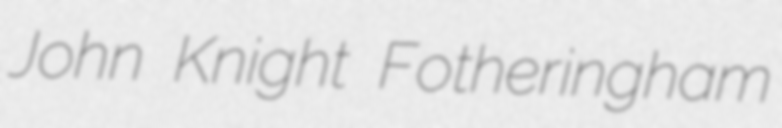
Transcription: John Knight Fotheringham